Annual report of the Imperial Bacteriological Laboratory, Muktesar
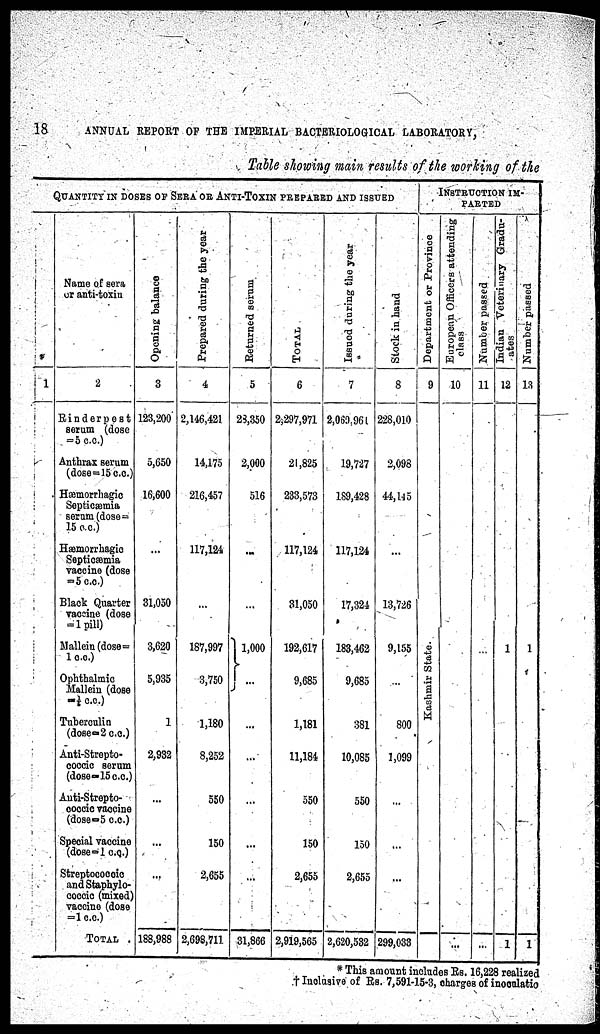
18
ANNUAL REPORT OF THE IMPERIAL BACTERIOLOGICAL LABORATORY,
Table showing main results of the working of the
QUANTITY IN DOSES OF SERA OF ANTI-TOXIN PREPARED AND ISSUED
1
Name of sera
or anti-toxin
2
Rinderpest
serum (dose
=5 c.c.)
Anthrax serum
(dose=15 c.c.)
Hæmorrhagic
Septicæmia
serum (dose=
15 c.c.)
Hæmorrhagic
Septicæmia
vaccine (dose
=5 c.c.)
Black Quarter
vaccine (dose
= 1 pill)
Mallein (dose=
1 c.c.)
Ophthalmic
Mallein (dose
=1/6 c.c.)
Tuberculin
(dose =2 c.c.)
Anti-Strepto-
coccic serum
(dose=15 c.c.)
Anti-Strepto-
coccic vaccine
(dose=5 c.c.)
Special vaccine
(dose=1 c.c.)
Streptococcic
and Staphylo-
coccic (mixed)
vaccine (dose
=1 c.c.)
TOTAL .
Opening balance
3
123,200
5,650
16,600
31,050
3,620
5,935
1
2,932
188,988
Prepared during the year
4
2,146,421
14,175
216,457
117,124
187,997
3,750
1,180
8,252
550
150
2,655
2,698,711
Returned serum
5
28,350
2,000
516
1,000
}
...
...
31,866
TOTAL
6
2,297,971
21,825
233,573
117,124
31,050
192,617
9,685
1,181
11,184
550
150
2,655
2,919,565
Issued during the year
7
2,069,961
19,727
189,428
117,124
17,324
183,462
9,685
381
10,085
550
150
2,655
2,620,532
Stock in hand
8
228,010
2,098
44,145
...
13,726
9,155
800
1,099
299,033
INSRUCTION IM¬
PARTED
Department or Province
9
State.
Kashmir
European Officers attending
class
10
...
Number passed
11
...
Indian Veterinary Gradu-
ates
12
1
1
Nu mb e r passed
13
1
1
* This amount includes Rs. 16,228 realized
† Inclusive of Rs. 7,591-15-3, charges of inoculation